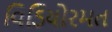
વિડિયોરમત